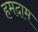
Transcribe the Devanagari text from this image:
हमदाम